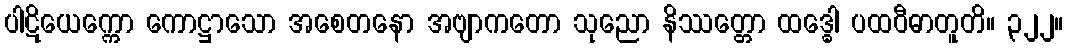
ပါဋိယေက္ကော ကောဋ္ဌာသော အစေတနော အဗျာကတော သုညော နိဿတ္တော ထဒ္ဓေါ ပထဝီဓာတူတိ။ ၃၂၂။